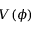
V ( \phi )